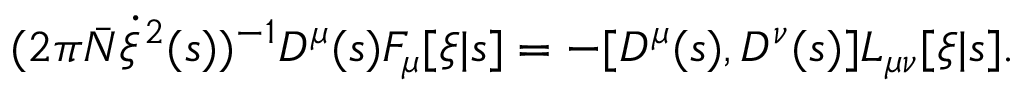
( 2 \pi { \bar { N } } \dot { \xi } ^ { 2 } ( s ) ) ^ { - 1 } { \cal D } ^ { \mu } ( s ) F _ { \mu } [ \xi | s ] = - [ { \cal D } ^ { \mu } ( s ) , { \cal D } ^ { \nu } ( s ) ] L _ { \mu \nu } [ \xi | s ] .